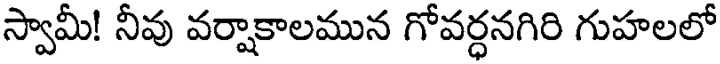
స్వామీ! నీవు వర్షాకాలమున గోవర్ధనగిరి గుహలలో